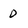
Character: O